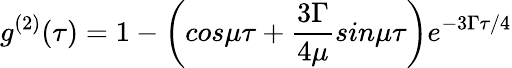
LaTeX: g^{(2)}(\tau)=1-\left(cos\mu\tau+{\frac{3\Gamma}{4\mu}}sin\mu\tau\right)e^{-3\Gamma\tau/4}